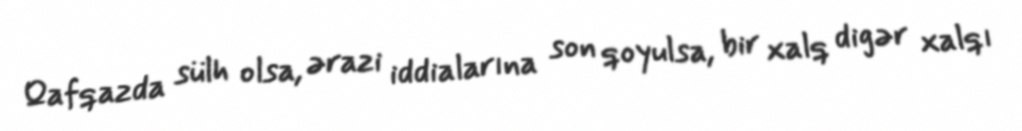
Qafqazda sülh olsa, ərazi iddialarına son qoyulsa, bir xalq digər xalqı